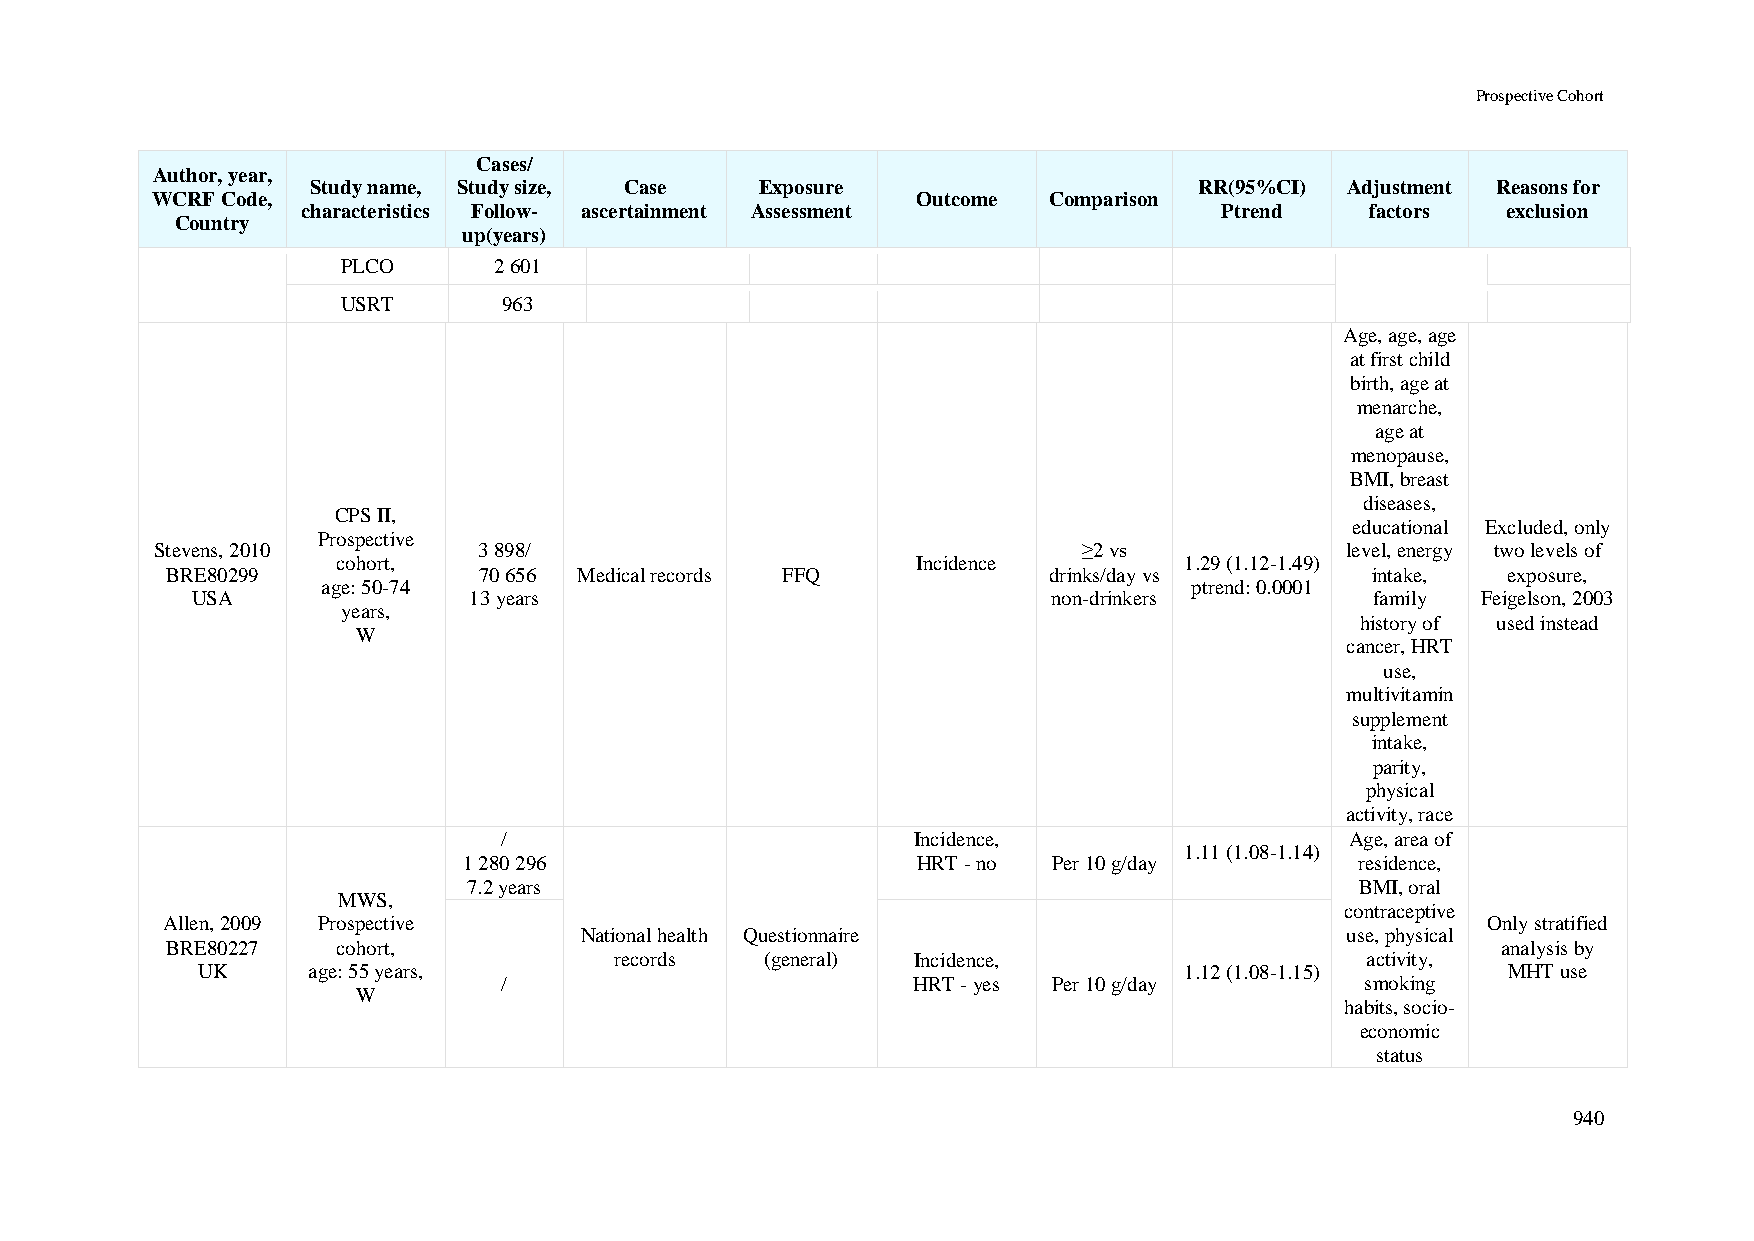
Prospective Cohort
 Cases/
 Author, year,
 Study name, Study size, Case Exposure                     RR(95%CI) Adjustment Reasons for
 WCRF Code,                                         Outcome Comparison
 characteristics Follow- ascertainment Assessment             Ptrend    factors  exclusion
 Country
 up(years)
 PLCO      2 601
 USRT      963
 Age, age, age
 at first child
 birth, age at
 menarche,
 age at
 menopause,
 BMI, breast
 diseases,
 CPS II,
 educational Excluded, only
 Prospective
 Stevens, 2010         3 898/                                  ≥2 vs            level, energy two levels of
 cohort,                                Incidence        1.29 (1.12-1.49)
 BRE80299             70 656 Medical records FFQ           drinks/day vs         intake,  exposure,
 age: 50-74                                                ptrend: 0.0001
 USA               13 years                               non-drinkers         family Feigelson, 2003
 years,
 history of used instead
 W
 cancer, HRT
 use,
 multivitamin
 supplement
 intake,
 parity,
 physical
 activity, race
 /                          Incidence,                   Age, area of
 1.11 (1.08-1.14)
 1 280 296                     HRT - no Per 10 g/day        residence,
 7.2 years                                                  BMI, oral
 MWS,
 contraceptive
 Allen, 2009 Prospective                                                                Only stratified
 National health Questionnaire                      use, physical
 BRE80227   cohort,                                                                      analysis by
 records   (general) Incidence,                   activity,
 UK     age: 55 years,                                            1.12 (1.08-1.15)      MHT use
 /                          HRT - yes Per 10 g/day        smoking
 W
 habits, socio-
 economic
 status
 940